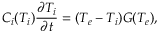
C _ { i } ( T _ { i } ) \frac { \partial T _ { i } } { \partial t } = ( T _ { e } - T _ { i } ) G ( T _ { e } ) ,